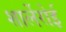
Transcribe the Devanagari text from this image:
शार्लेरोई